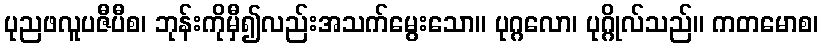
ပုညဖလူပဇီပီစ၊ ဘုန်းကိုမှီ၍လည်းအသက်မွေးသော။ ပုဂ္ဂလော၊ ပုဂ္ဂိုလ်သည်။ ကတမောစ၊